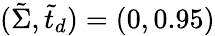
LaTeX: (\tilde{\Sigma},\tilde{t}_{d})=(0,0.95)